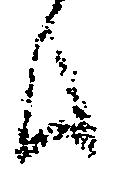
候